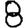
Digit: 8